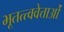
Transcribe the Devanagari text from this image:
भूतत्त्ववेत्ताओं